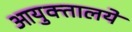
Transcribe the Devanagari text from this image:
आयुक्तालये